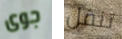
جوى تنقل